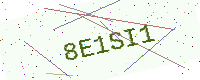
Text: 8E1SI1